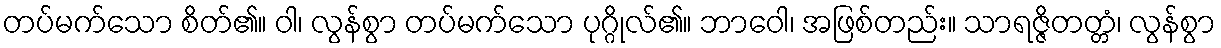
တပ်မက်သော စိတ်၏။ ဝါ၊ လွန်စွာ တပ်မက်သော ပုဂ္ဂိုလ်၏။ ဘာဝေါ၊ အဖြစ်တည်း။ သာရဇ္ဇိတတ္တံ၊ လွန်စွာ